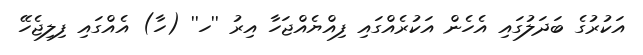
އަކުރުގެ ބަދަލުގައި އެހެން އަކުރެއްގައި ފިއްޔެއްޖަހާ އިރު ''ހ'' (ހާ) އެއްގައި ފިލިޖެހޭ